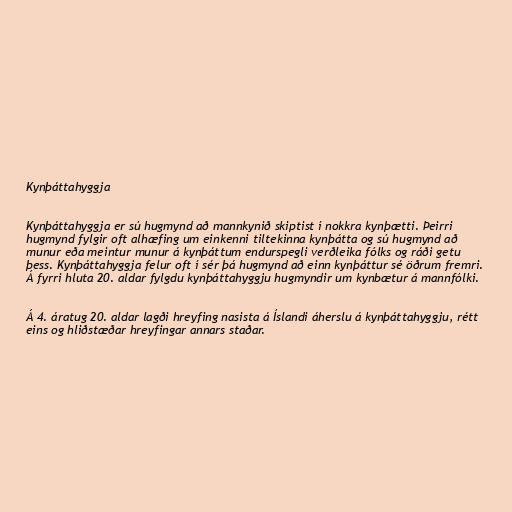
Kynþáttahyggja

Kynþáttahyggja er sú hugmynd að mannkynið skiptist í nokkra kynþætti. Þeirri
hugmynd fylgir oft alhæfing um einkenni tiltekinna kynþátta og sú hugmynd að
munur eða meintur munur á kynþáttum endurspegli verðleika fólks og ráði getu
þess. Kynþáttahyggja felur oft í sér þá hugmynd að einn kynþáttur sé öðrum fremri.
Á fyrri hluta 20. aldar fylgdu kynþáttahyggju hugmyndir um kynbætur á mannfólki.

Á 4. áratug 20. aldar lagði hreyfing nasista á Íslandi áherslu á kynþáttahyggju, rétt
eins og hliðstæðar hreyfingar annars staðar.